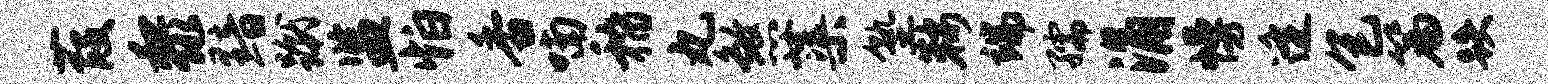
葭黎黯蹴监怕香喃稽丸煞蕖塾鞍端孺涌幔逄包篇跌